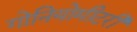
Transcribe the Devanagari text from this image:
गोनियोमीटरी